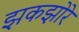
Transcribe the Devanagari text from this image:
झकझोरे